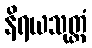
နိရယသုတ္တံ